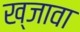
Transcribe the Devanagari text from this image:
ख्जावा